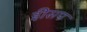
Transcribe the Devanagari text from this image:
इीसप